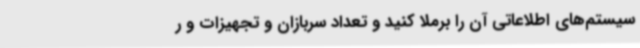
سیستم‌های اطلاعاتی آن را برملا کنید و تعداد سربازان و تجهیزات و ر